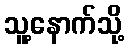
သူ့နောက်သို့